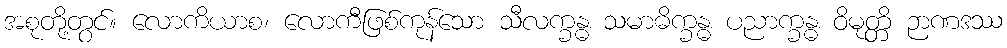
အစုတို့တွင်။ လောကိယာစ၊ လောကီဖြစ်ကုန်သော သီလက္ခန္ဓ သမာဓိက္ခန္ဓ ပညာက္ခန္ဓ ဝိမုတ္တိ ဉာဏဒဿ